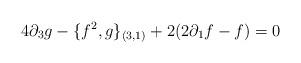
LaTeX: \begin{align*}4\partial _3 g-\{f^2, g\}_{(3,1)}+2(2 \partial_{1} f-f)=0\end{align*}